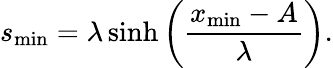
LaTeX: s_{\mathrm{min}}=\lambda\sinh\left(\frac{x_{\mathrm{min}}-A}{\lambda}\right).